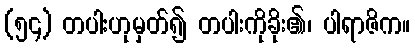
(၅၄) တပါးဟုမှတ်၍ တပါးကိုခိုး၏၊ ပါရာဇိက။